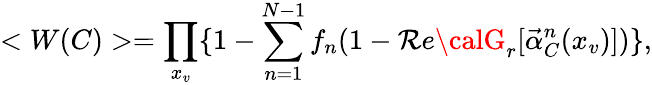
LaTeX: <W(C)>=\prod_{x_{v}}\{ 1-\sum_{n=1}^{N-1}f_{n}(1-\mathcal{R}e{\calG}_{r}[\vec{{\alpha}}_{C}^{n}(x_{v})])\} ,